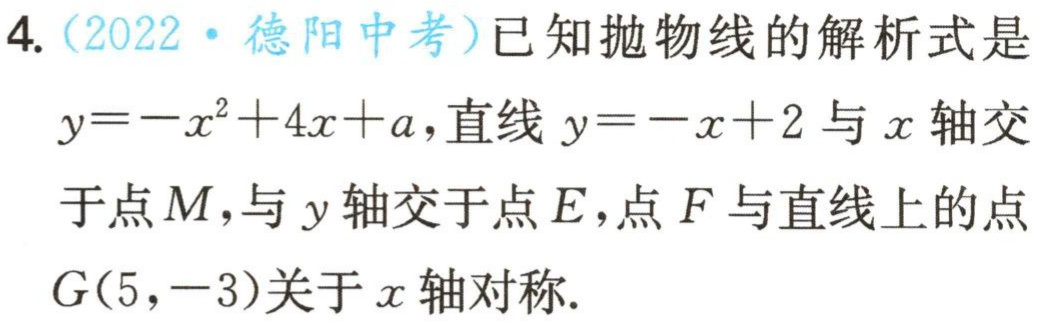
4.（2022·德阳中考）已知抛物线的解析式是

\(y=-x^{2}+4x + a\)，直线\(y=-x + 2\)与\(x\)轴交

于点\(M\)，与\(y\)轴交于点\(E\)，点\(F\)与直线上的点

\(G(5,-3)\)关于\(x\)轴对称.